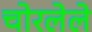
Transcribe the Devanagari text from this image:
चोरलेले